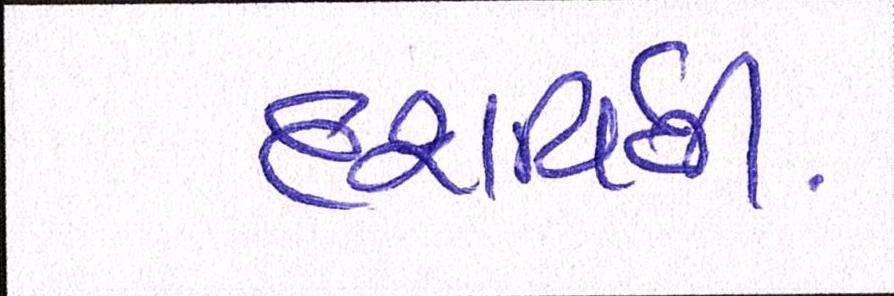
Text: દશર્વિતી